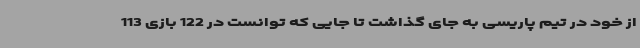
از خود در تیم پاریسی به جای گذاشت تا جایی که توانست در 122 بازی 113